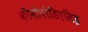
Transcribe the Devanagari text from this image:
कीनोपोडिएसिइ